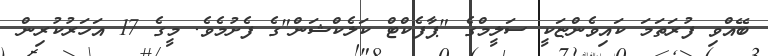
ބޭއްވި ފުރަތަމަ ކައިވެންޏަކީ ސަލީމްގެ "ޕާފެކްޓް ކަލެކްޝަން"ގެ ފެށުމެވެ. މީގެ 17 އަހަރުކުރިން